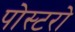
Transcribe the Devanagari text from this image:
पोस्टरो